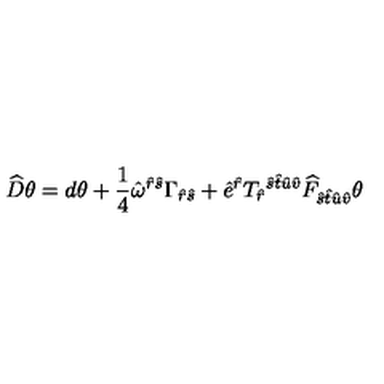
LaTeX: \widehat { D } \theta = d \theta + \frac { 1 } { 4 } \hat { \omega } ^ { \hat { r } \hat { s } } \Gamma _ { \hat { r } \hat { s } } + \hat { e } ^ { \hat { r } } T _ { \hat { r } } { } ^ { \hat { s } \hat { t } \hat { u } \hat { v } } \widehat { F } _ { \hat { s } \hat { t } \hat { u } \hat { v } } \theta